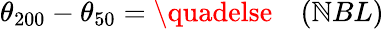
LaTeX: \theta_{200}-\theta_{50}=\quadelse\quad(\mathbb{N}BL)